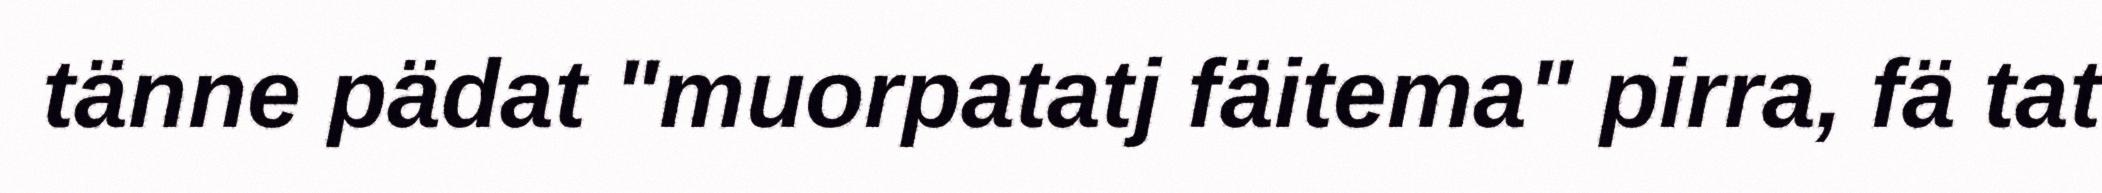
tänne pädat "muorpatatj fäitema" pirra, fä tat